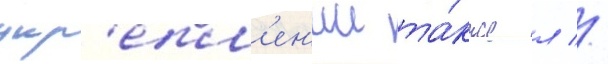
укр'епл'ен'ии та́кже л //